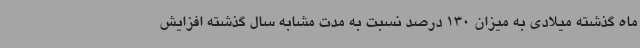
ماه گذشته میلادی به میزان 130 درصد نسبت به مدت مشابه سال گذشته افزایش